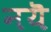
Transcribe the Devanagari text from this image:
नयॆ